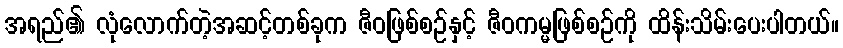
အရည်၏ လုံလောက်တဲ့အဆင့်တစ်ခုက ဇီဝဖြစ်စဉ်နှင့် ဇီဝကမ္မဖြစ်စဉ်ကို ထိန်းသိမ်းပေးပါတယ်။